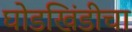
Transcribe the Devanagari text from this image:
घोडखिंडीचा